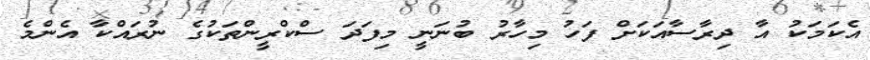
އެކަމަކު އާ ދިރާސާއަކަށް ފަހު މިހާރު ބުނަނީ މިފަދަ ސްކްރީންތަކުގެ ނުރައްކާ އެންމެ